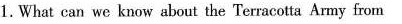
1.What can we know about the Terracolta Amy from